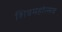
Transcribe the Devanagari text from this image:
शिवमहोत्सव